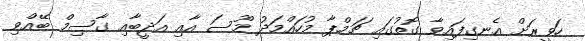
ހަވީރަށް އެނގިފައިވާ ގޮތުގައި ޗަމްޕާ މުހައްމަދު މޫސަ އާއި އަދީބާއި ގާސިމް ބޭއްވި